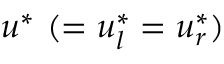
u ^ { * } ~ ( = u _ { l } ^ { * } = u _ { r } ^ { * } )